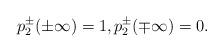
LaTeX: \begin{align*}p_2^\pm(\pm\infty)=1,p_2^\pm(\mp\infty)=0.\end{align*}